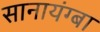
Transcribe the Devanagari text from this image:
सानायंग्बा